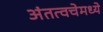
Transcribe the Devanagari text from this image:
अंतत्वचेमध्ये